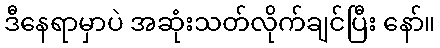
ဒီနေရာမှာပဲ အဆုံးသတ်လိုက်ချင်ပြီး နော်။